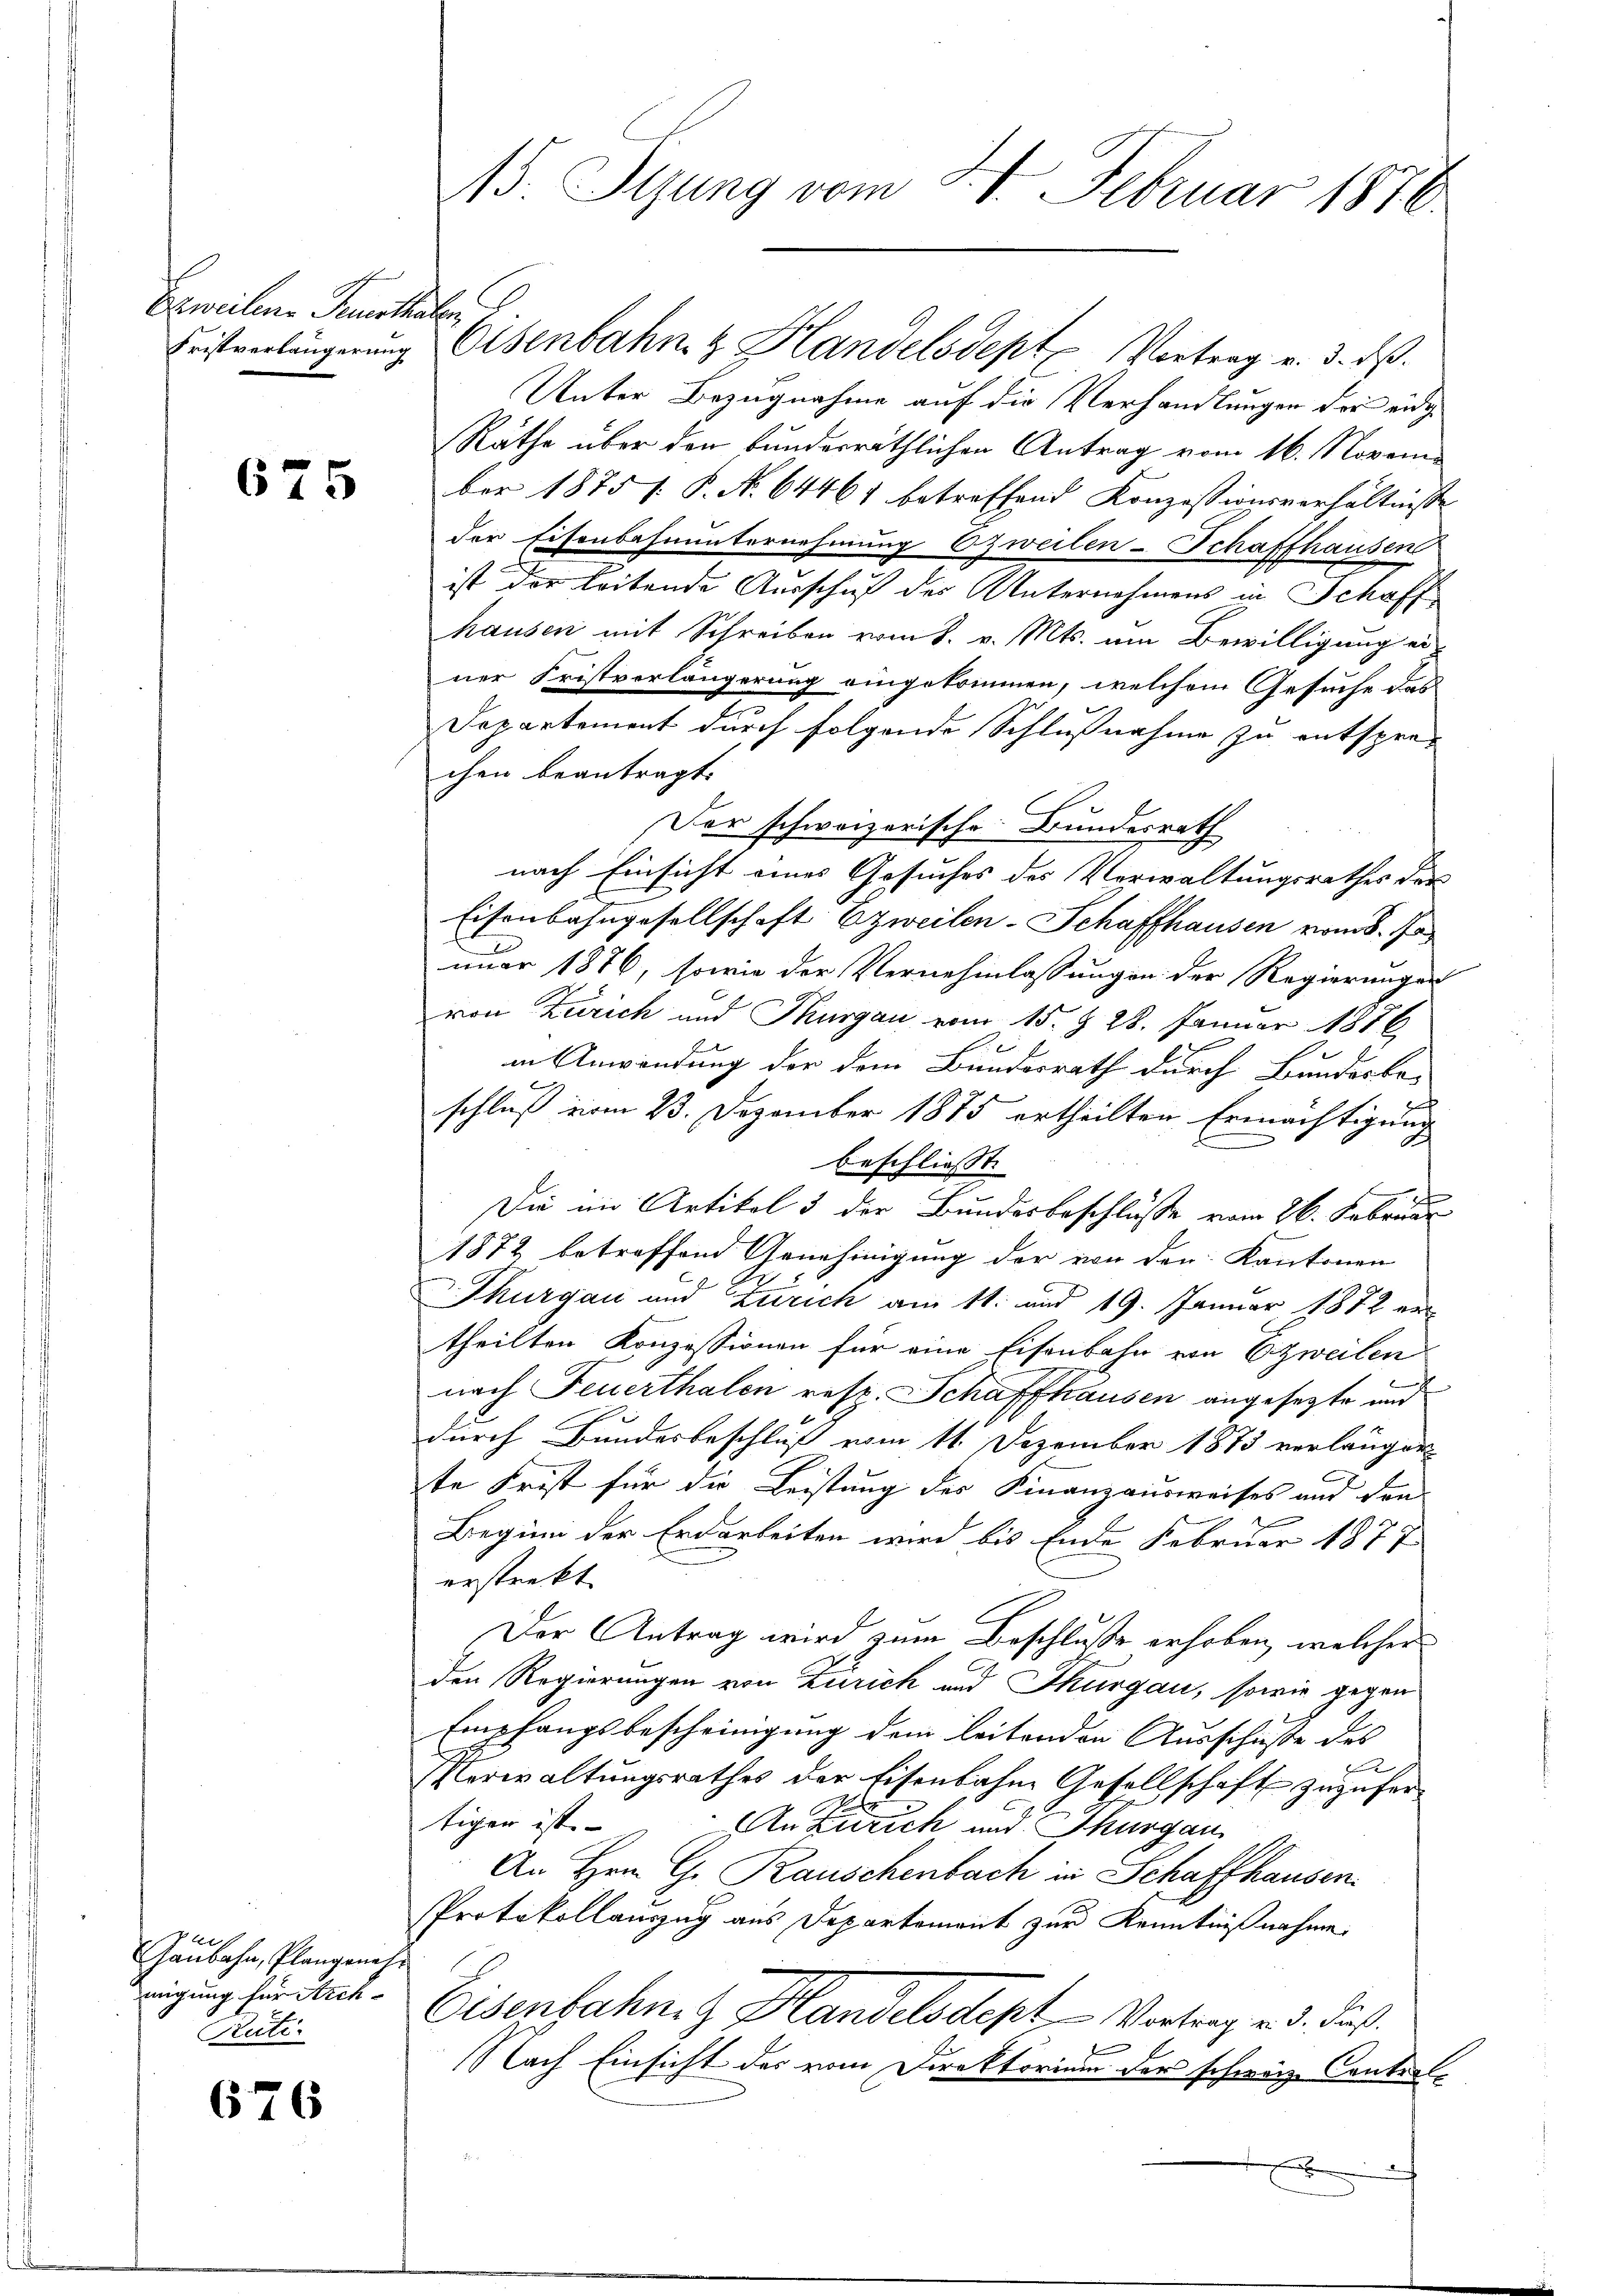
Erweilen Feuerthalen

675

Gaŭbahn, Plangeneh-
migung für Arch-
Rüti.

676

Unter Bezugnahme auf die Verhandlungen der eidg
Räthe über den bunderräthlichen Antrag vom 16. November 1875 f. P. N. 64461 betreffend Konzessionsverhältnisse
der Eisenbahnunternehmung zweilen-Schaffhausen
ist der leitende Ausschuß des Unternehmens in Schaff
hausen mit Schreiben vom 8. v. Mts. um Bewilligung ei
ner Fristvorlängerung eingekommen, welchem Gesuche das
Departement durch folgende Schlußnahme zu entsprä-
chen beantragt.
Der schweizerische Bundesrath
nach Einsicht eines Gesuches des Verwaltungsrathes des
Eisenbahngesellschaft Erweilen-Schaffhausen vom 8. Ju
nuar 1876, sowie der Vernehmlassungen der Regierungen
von Zürich und Thurgau vom 15. d. 28. Januar 1876
in Anwendung der dem Bundesrath durch Bundesbe-
x
schluß vom 23. Dezember 1875 ertheilten Ermächtigung
beschliesst. |
Die in Artikel 3 der Bundesbeschlüsse vom 26. Februar
1872 betreffend Genehmigung der von den Kantonen
Thurgau und Zürich am 11. und 19. Januar 1872 ertheilten Konzessionen für eine Eisenbahn von Erzweilen
nach Feuerthalen resp. Schaffhausen angesetzte und
durch Bundesbeschluß vom 11. Dezember 1873 verlänger
te Frist für die Leistung des Finanzausweises und den
Beginn der Erdarbeiten wird bis Ende Februar 1877
erstrekt
Der Antrag wird zum Beschlusse erhoben, welcher
den Regierungen von Zürich und Thurgau, sowie gegen
Empfangsbescheinigung dem leitenden Ausschuße des
Verwaltungsrathes der Eisenbahne Gesellschaft zuzufer¬
No.
tigen ist |
nzurich und Thurgau
An Hrn. Gr. Rauschenbach in Schaffhausen.
Protokollauszug aus Departement zur Kenntnißnahme
Eisenbahnen Handelsdept Vertrag d. dies
Nach Einsicht des vom Direktorium der schweiz Contral-
x

15. Sizung vom 21. Februar 1870

Fristverlängerŭng Eisenbahn & Handelsdept Vortrag v. 3. ds.